NAE_EAA_P-553_Koit_kolhoos, lk 20
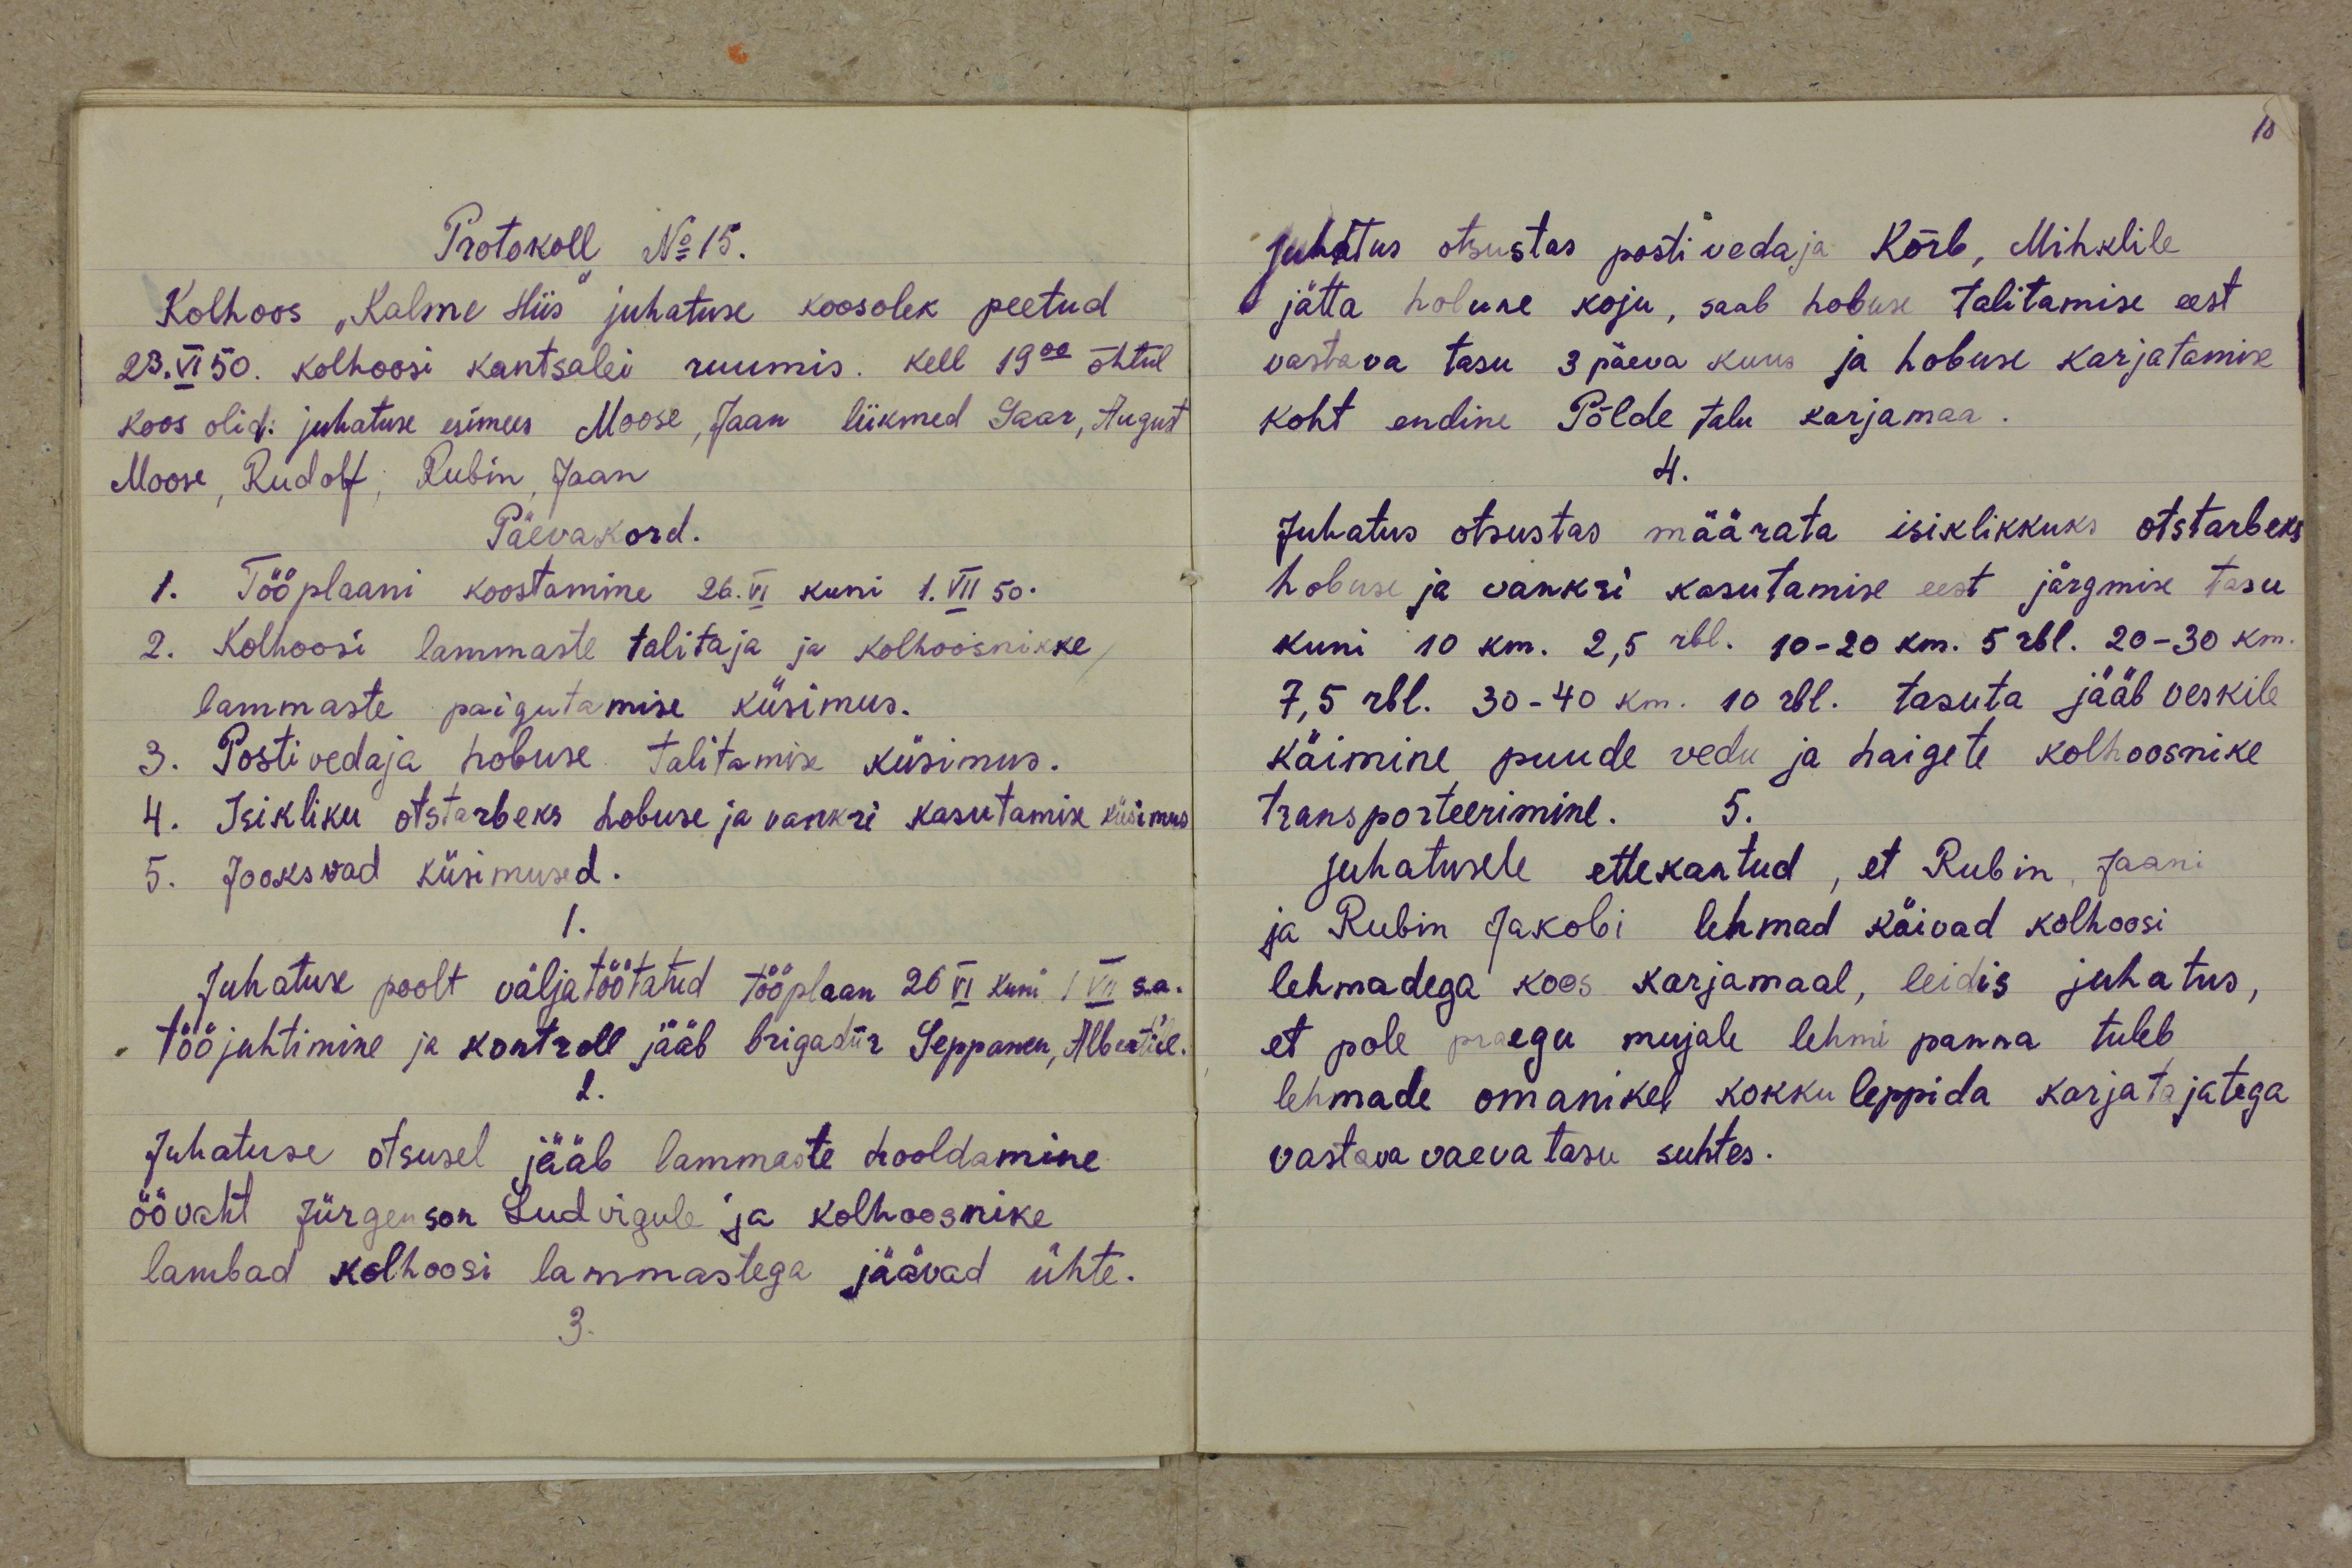
Protokoll No 15.
Kolhoos "Kalme Hiis" juhatuse koosolek peetud
23. VI 50. kolhoosi kantselei ruumis. Kell 19.00 õhtul
Koos olid: juhatuse esimees Moosse, Jaan liikmed Saar, August
Moosse, Rudolf, Rubin, Jaan
Päevakord.
1. Tööplaani koostamine 26. VI kuni 1. VII 50.
2. Kolhoosi lammaste talitaja ja kolhoosnikke
lammaste paigutamise küsimus.
3. Postivedaja hobuse talitamise küsimus.
4. Isikliku otstarbeks hobuse ja vankri kasutamise küsimus
5. Jooksvad küsimused.
1.
Juhatuse poolt väljatöötatud tööplaan 26 VI kuni 1 VII s.a.
tööjuhtimine ja kontroll jääb brigadiir Seppanen, Abert'ile.
2.
Juhatuse otsusel jääb lammaste hooldamine
öövaht Jürgenson Ludvigule ja kolhoosnike
lambad kolhoosi lammastega jäävad ühte.
3.

Juhatus otsustas postivedaja Kõrb, Mihklile
jätta hobune koju, saab hobuse talitamise eest
vastava tasu 3 päeva kuus ja hobuse karjatamise
koht endine Põlde talu karjamaa.
4.
Juhatus otsustas määrata isiklikkuks otstarbeks
hobuse ja vankri kasutamise eest järgmise tasu
kuni 10 km. 2,5 rbl. 10-20 km. 5 rbl. 20-30 km.
7,5 rbl. 30-40 km. 10 rbl. tasuta jääb veskile
käimine puude vedu ja haigete kolhoosnike
transporteerimine.
5.
juhatusele ettekantud, et Rubin, Jaani
ja Rubin Jakobi lehmad käivad kolhoosi
lehmadega koos karjamaal, leidis juhatus,
et pole praegu mujale lehmi panna tuleb
lehmade omanikel kokku leppida karjatajatega
vastava vaevatasu suhtes.